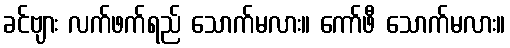
ခင်ဗျား လက်ဖက်ရည် သောက်မလား။ ကော်ဖီ သောက်မလား။